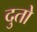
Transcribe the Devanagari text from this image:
दुतो